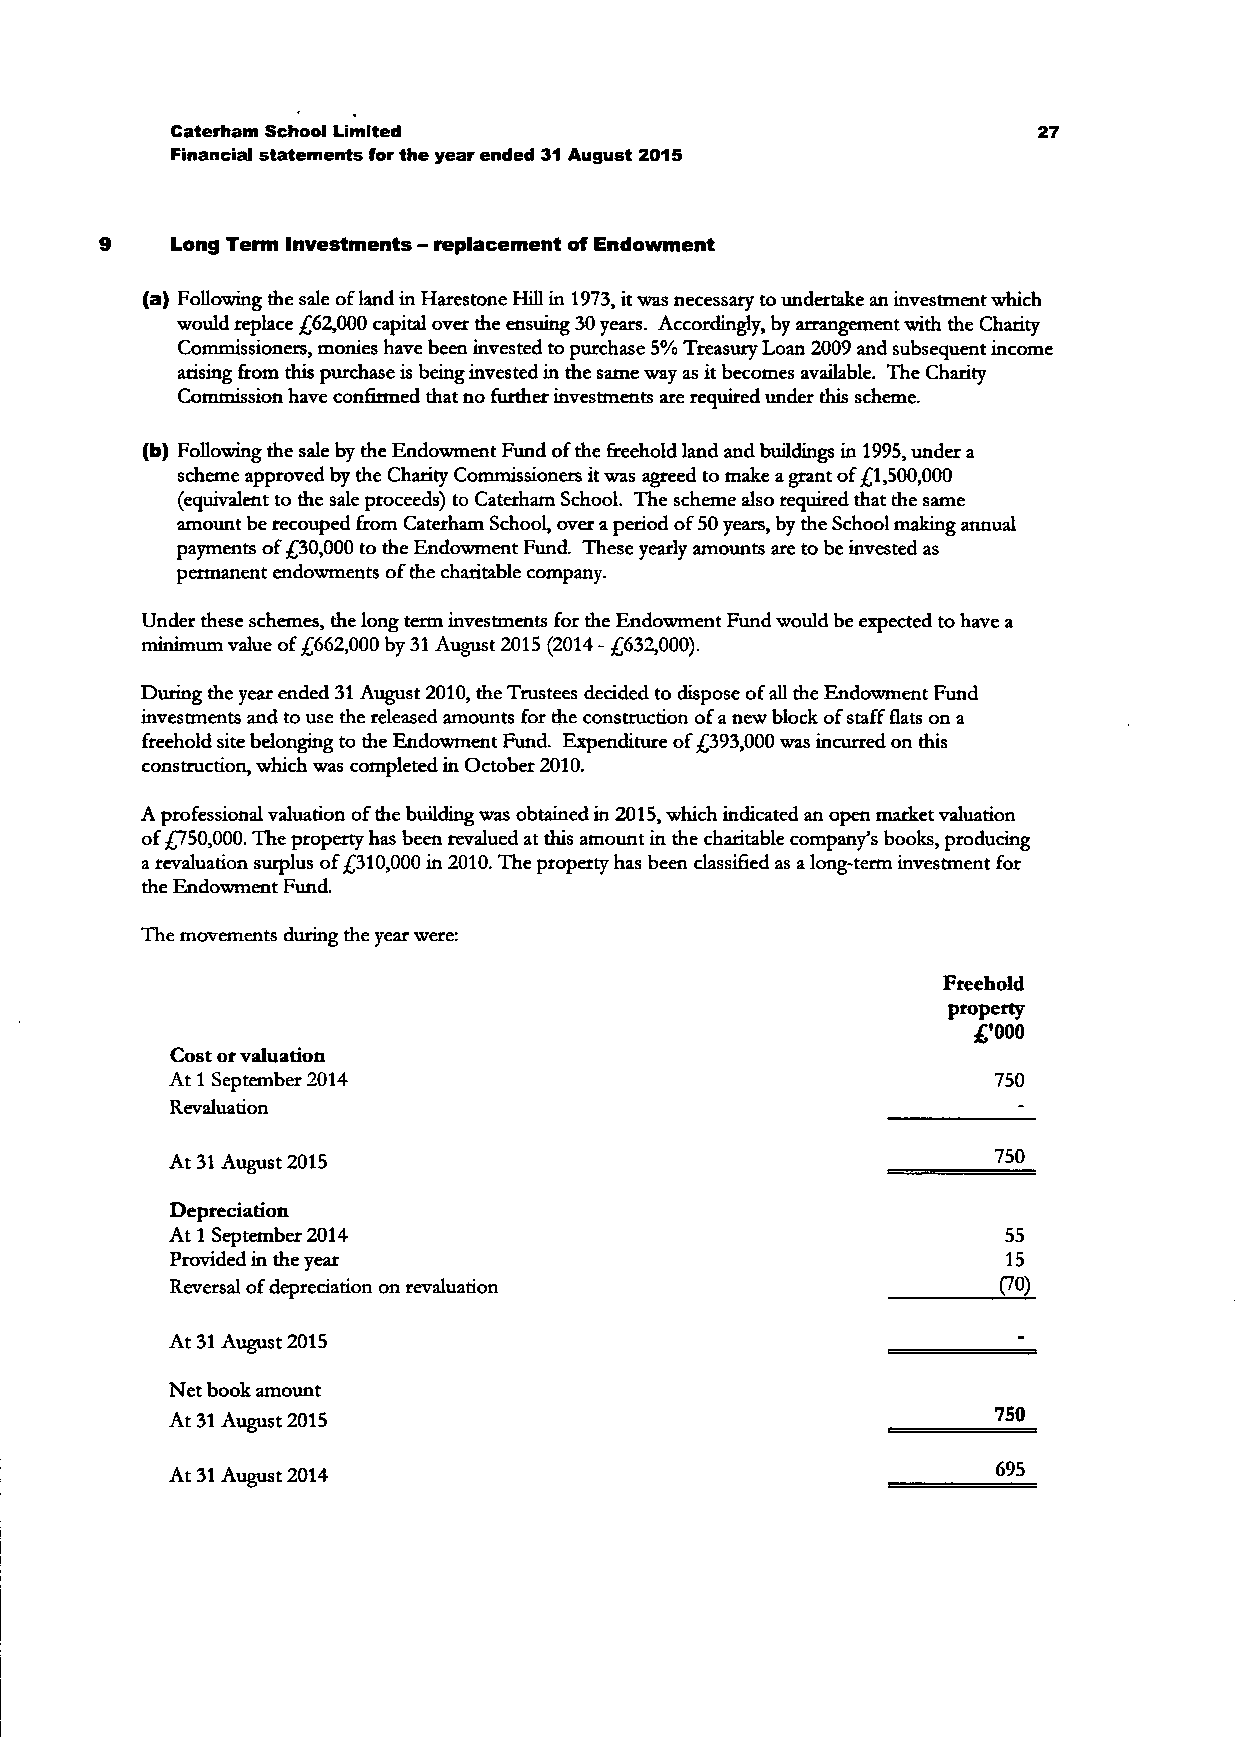
Caterham School Limited                                   27
 Financial statements for the year ended 31 August 2015
 Long Term Investments - replacement of Endowment
 (a) Following the sale of land in Harestone Hill in 1973, it was necessary to undertake an investment which
 would replace £62,000 capital over the ensuing 30 years. Accordingly, by arrangement with the Charity
 Commissioners, monies have been invested to purchase 5% Treasury Loan 2009 and subsequent income
 arising from this purchase is being invested in the same way as it becomes available. The Charity
 Commission have confirmed that no further investments are required under this scheme.
 (b) Following the sale by the Endowment Fund of the freehold land and buildings in 1995, under a
 scheme approved by the Charity Commissioners it was agreed to make a grant of £1,500,000
 (equivalent to the sale proceeds) to Caterham School. The scheme also required that the same
 amount be recouped from Caterham School, over a period of 50 years, by the School making annual
 payments of £30,000 to the Endowment Fund. These yearly amounts are to be invested as
 permanent endowments of the charitable company.
 Under these schemes, the long term investments for the Endowment Fund would be expected to have a
 minimum value of £662,000 by 31 August 2015 (2014 - £632,000).
 During the year ended 31 August 2010, the Trustees decided to dispose of all the Endowment Fund
 investments and to use the released amounts for the construction of a new block of staff flats on a
 freehold site belonging to the Endowment Fund. Expenditure of £393,000 was incurred on this
 construction, which was completed in October 2010.
 A professional valuation of the building was obtained in 2015, which indicated an open market valuation
 of £750,000. The property has been revalued at this amount in the charitable company's books, producing
 a revaluation surplus of £310,000 in 2010. The property has been classified as a long-term investment for
 the Endowment Fund.
 The movements during the year were:
 Freehold
 property
 £•000
 Cost or valuation
 At 1 September 2014                                    750
 Revaluation
 At 31 August 2015                                      7 50
 Depreciation
 At 1 September 2014                                     55
 Provided in the year                                    15
 Reversal of depreciation on revaluation                (70)
 At 31 August 2015
 Net book amount
 At 31 August 2015                                      7 50
 At 31 August 2014                                      695